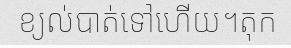
ខ្យល់បាត់ទៅហើយ។តុក